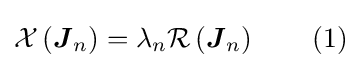
{\mathcal {X}}\left({\boldsymbol {J}}_{n}\right)=\lambda _{n}{\mathcal {R}}\left({\boldsymbol {J}}_{n}\right)\qquad \mathrm {(1)}